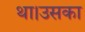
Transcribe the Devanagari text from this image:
था।उसका